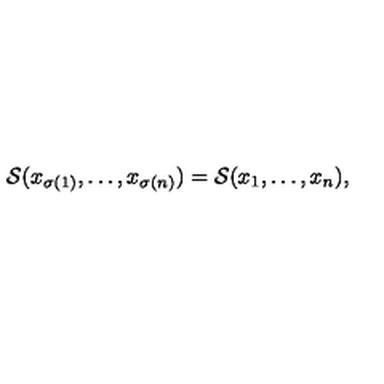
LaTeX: { \cal S } ( x _ { \sigma ( 1 ) } , \dots , x _ { \sigma ( n ) } ) = { \cal S } ( x _ { 1 } , \dots , x _ { n } ) ,